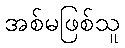
အစ်မဖြစ်သူ